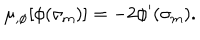
\mu _ { , \phi } [ \phi ( \sigma _ { \mathrm { m } } ) ] = - 2 \phi ^ { \prime } ( \sigma _ { \mathrm { m } } ) .